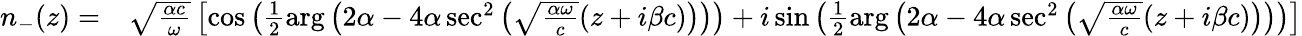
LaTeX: \begin{array}{rl}{n_{-}(z)=}&{{}\sqrt{\frac{\alpha c}{\omega}}\left[\cos\left(\frac{1}{2}\arg\left(2\alpha-4\alpha\sec^{2}\left(\sqrt{\frac{\alpha\omega}{c}}(z+i\beta c)\right)\right)\right)+i\sin\left(\frac{1}{2}\arg\left(2\alpha-4\alpha\sec^{2}\left(\sqrt{\frac{\alpha\omega}{c}}(z+i\beta c)\right)\right)\right)\right]}\end{array}